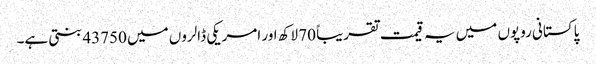
پاکستانی روپوں میں یہ قیمت تقریباً 70 لاکھ اور امریکی ڈالروں میں 43750 بنتی ہے۔